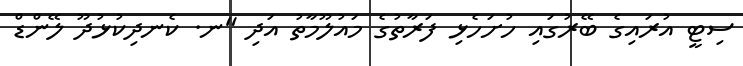
ސިޓީ އުރައިގެ ބޭރުގައި ހުށަހެޅި ފަރާތުގެ މައުލޫމާތު އަދި "ނ. ކެނދިކުޅުދޫ ލޭންޑް